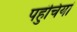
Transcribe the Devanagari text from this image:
पहुंचियां